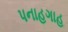
પનાહગાહ